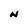
Character: N